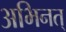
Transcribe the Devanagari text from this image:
अभिनत्